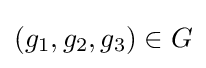
(g_{1},g_{2},g_{3})\in G